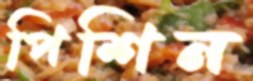
পিশিন